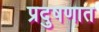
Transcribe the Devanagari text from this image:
प्रदुषणात